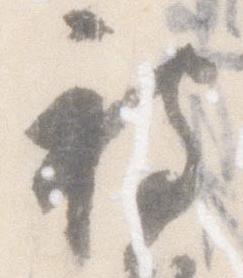
被